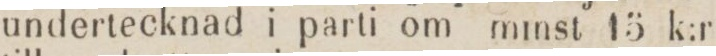
undertecknad i parti om minst 15 k:r